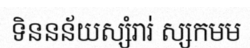
ទិននន័យស្សំរារ់ ស្សកមម